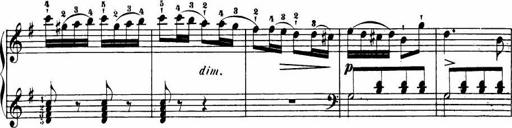
Title: Le bouquetier
Composer: Anton Diabelli
Key: G major
 C major
 F major
 C major